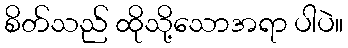
စိတ်သည် ထိုသို့သောအရာ ပါပဲ။